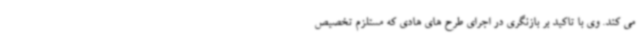
می کند. وی با تاکید بر بازنگری در اجرای طرح های هادی که مستلزم تخصیص